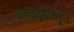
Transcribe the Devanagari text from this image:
कनकदुर्गाकडून